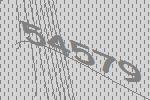
54579